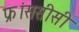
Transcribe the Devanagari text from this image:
फ्रांससीसी